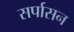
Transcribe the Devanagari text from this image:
सर्पासन